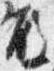
殿